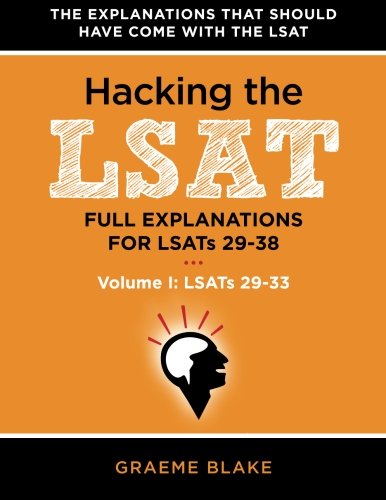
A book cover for Hacking The LSAT: Full Explanations For LSATs 29-38 (Volume I: LSATs 29-33): An LSAT Prep and Study Guide For The Next Ten Actual Official LSATs (Includes Logic Games Diagrams); Graeme Blake; Test Preparation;